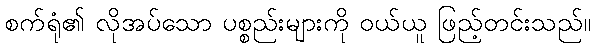
စက်ရုံ၏ လိုအပ်သော ပစ္စည်းများကို ဝယ်ယူ ဖြည့်တင်းသည်။